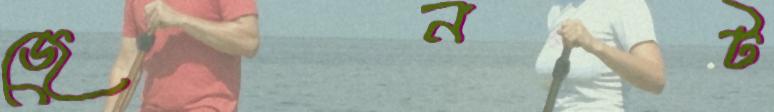
জেনট